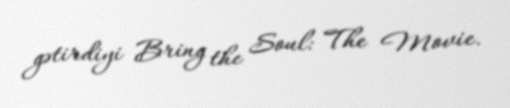
gətirdiyi Bring the Soul: The Movie.